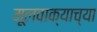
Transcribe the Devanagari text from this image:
मूलवाक्याच्या